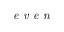
\textit { e v e n }